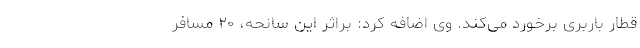
قطار باربری برخورد می‌کند. وی اضافه کرد: براثر این سانحه، ۲۰ مسافر